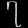
Digit: ၇